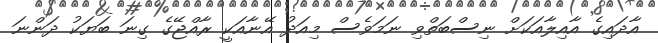
އާދައިގެ އާއިލާއަކަށް ނިސްބަތްވި ނަމަވެސް މިއަދު އޭނާއަކީ ރާއްޖޭގެ ގިނަ ބަޔަކު ދަންނަ